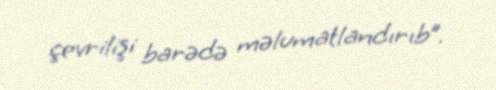
çevrilişi barədə məlumatlandırıb”.